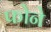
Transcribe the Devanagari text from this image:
फोने